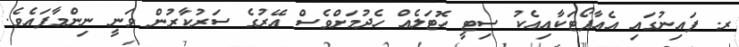
ރ. ފައިނުގައި އެއާޕޯޓަކާއިއެކު ސިޓީ ހޮޓަލެއް ހެދުމަށްވެސް އޭރުގެ ސަރުކާރުން ވަނީ ނިންމާފައެވެ.